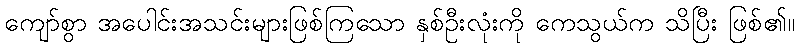
ကျော်စွာ အပေါင်းအသင်းများဖြစ်ကြသော နှစ်ဦးလုံးကို ကေသွယ်က သိပြီး ဖြစ်၏။